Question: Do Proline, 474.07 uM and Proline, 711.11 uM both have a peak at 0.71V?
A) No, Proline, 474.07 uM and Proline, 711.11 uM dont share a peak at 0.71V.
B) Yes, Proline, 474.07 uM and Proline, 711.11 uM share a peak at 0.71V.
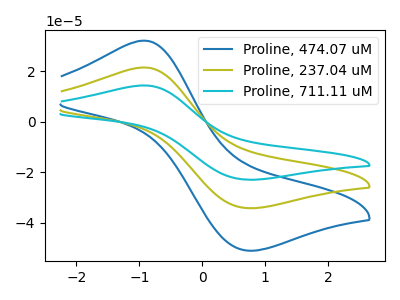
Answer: <think>The blue curve "Proline, 474.07 uM" has an anodic peak at (-0.90V, 32.20uA) and a cathodic peak at (0.70V, -50.95uA). The olive curve "Proline, 237.04 uM" has an anodic peak at (-0.90V, 21.60uA) and a cathodic peak at (0.70V, -34.15uA). The cyan curve "Proline, 711.11 uM" has an anodic peak at (-0.90V, 43.15uA) and a cathodic peak at (0.70V, -68.30uA).</think>
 <answer>B) Yes, "Proline, 474.07 uM" and "Proline, 711.11 uM" share a peak at 0.71V.</answer>
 <eval>B</eval>